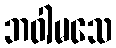
ဘဝါမသေ